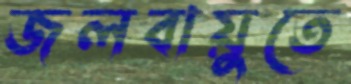
জলবায়ুতে